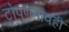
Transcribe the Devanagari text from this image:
टोपणनावही